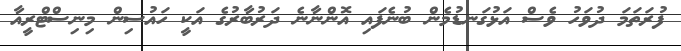
ފުރަތަމަ ދުވަހު ވެސް އަޅުގަނޑުމެން ބުނެފައި އޮންނާނެ ދަރުބާރުގެ އަކީ ހައުސިން މިނިސްޓްރީއާ